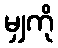
မျှကို